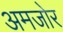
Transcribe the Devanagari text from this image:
अमजोर